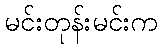
မင်းတုန်းမင်းက